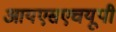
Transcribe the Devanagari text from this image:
आयएसएचयूपी